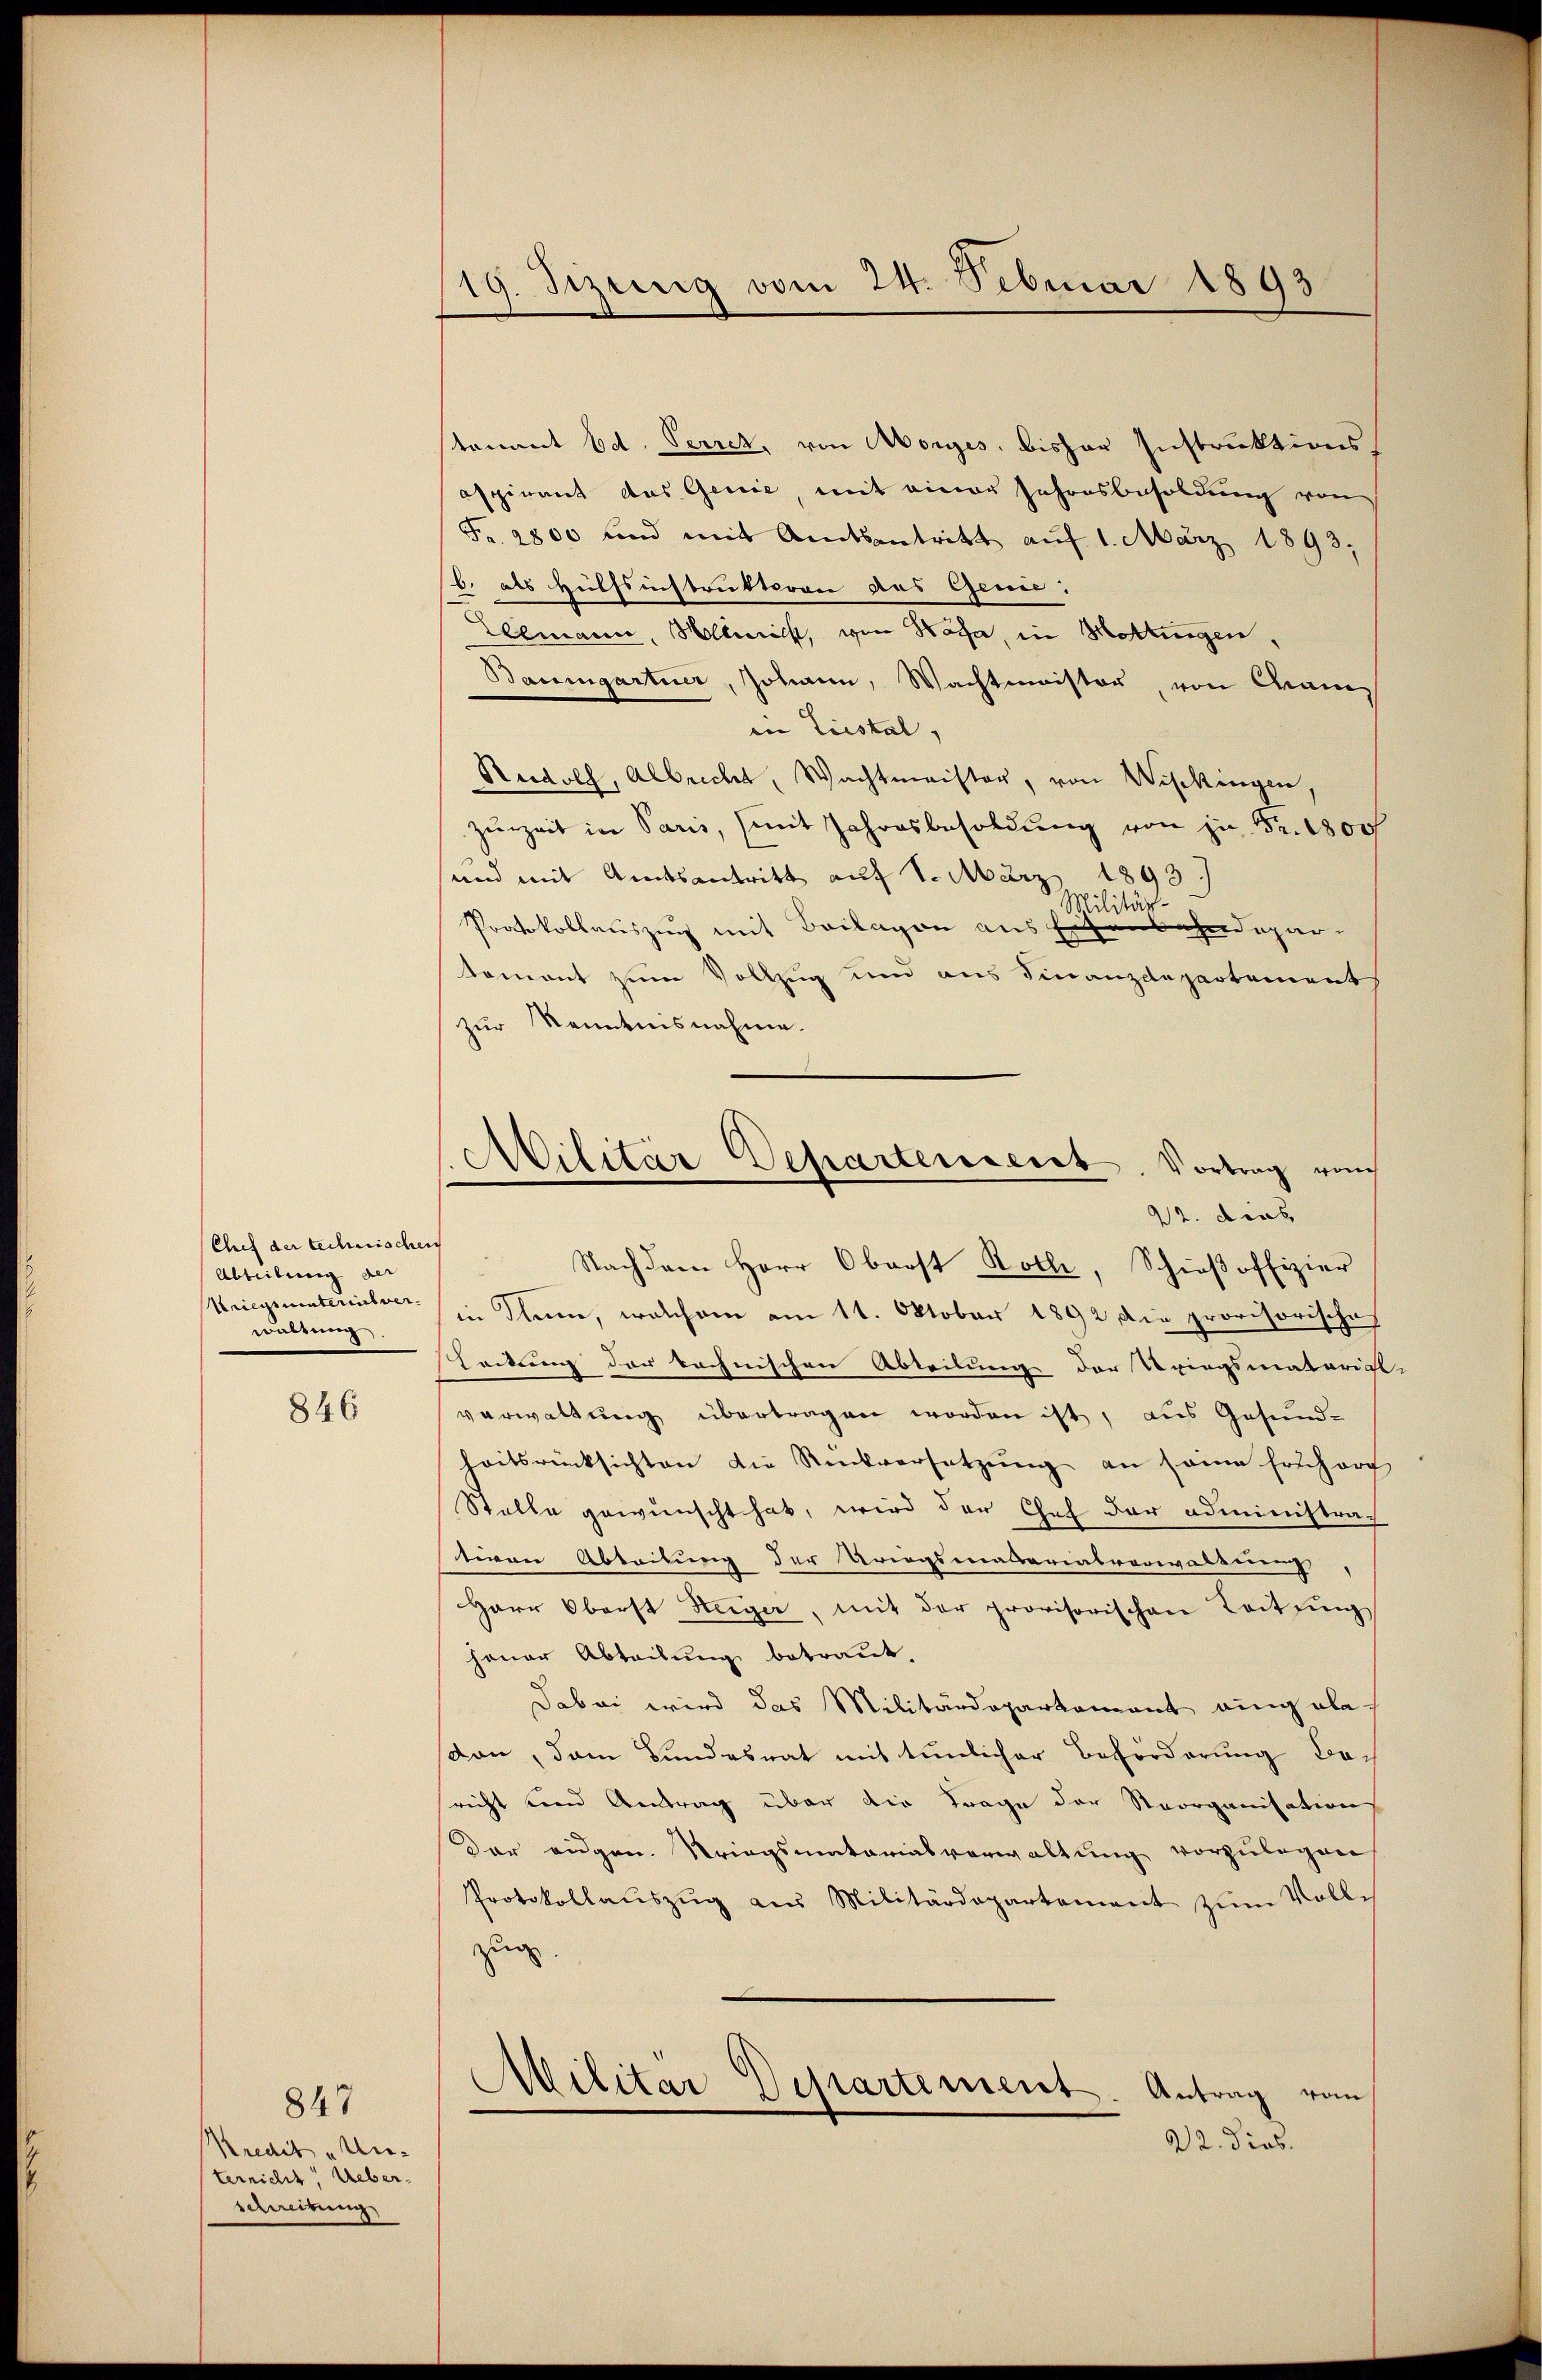
Chef der technischen
Abteilung der
Kriegsuntereisver
waltung,

846

847

Kredit „An-
ternicht Ueberschreibung

19. Sizung vom 24. Februar 1893

stenant Ed. Ferrez, von Morges, bisher Instruktionsaspirant das Genie mit einer Jahresbesoldung von
Fr. 2800 und mit Amtsantritt auf 1. März 1893;
8. als Hülfsinstruktoren des Genie:
Leemann, Mllmilst, von Wasa, in Mottingen
Baumgartner, Johann, Wachtmeister, von Wai
in Liestal,
Rudolf, Albrecht, Wachtmeister, von Wipkingen,
zŭrzeit in Paris, mit Jahresbesoldŭng von zu Fr. 1800
und mit Amtsantritt auf 1. März 1893)
Militär-
Protokollauszug mit Beilagen aus Eisenbahndepar-
koment zum Vollzug und aus Finanzdepartementh
zur Kenntnisnahme.
Nachdem Herr Oberst Rolle, Schieβoffizier
in Thun, welchem am 11. Oktober 1892 die provisorische
Leitung der rechnischen Ableibung der Kriegsmaterial
verwaltung übertragen worden ist, aus Gesund-
heitsrücksichten die Rückversetzung an seine Erscharg
Stelle gewünscht hat, wird der Chef der administrat
tiven Abteilung der Kriegsmaterialverwalderens
Herr Oberst Steiger, mit der provisorischen Leitung
jener Abteilung betraut,
Dabei wird das Militärdepartement eingabe-
dan, dem Bundesrat mit tunlicher Beförderung besricht und Antrag über die Frage der Strorganisation
Der eidgen. Kriegsmatorialverwaltung vorzulegen
Protokollauszug am Militärdepartement zum Volle
zug.
Militär Departement
Antrag vom
22. dies.

Cobilitär Departerseit Vortrag von
22. dies